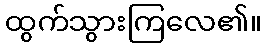
ထွက်သွားကြလေ၏။